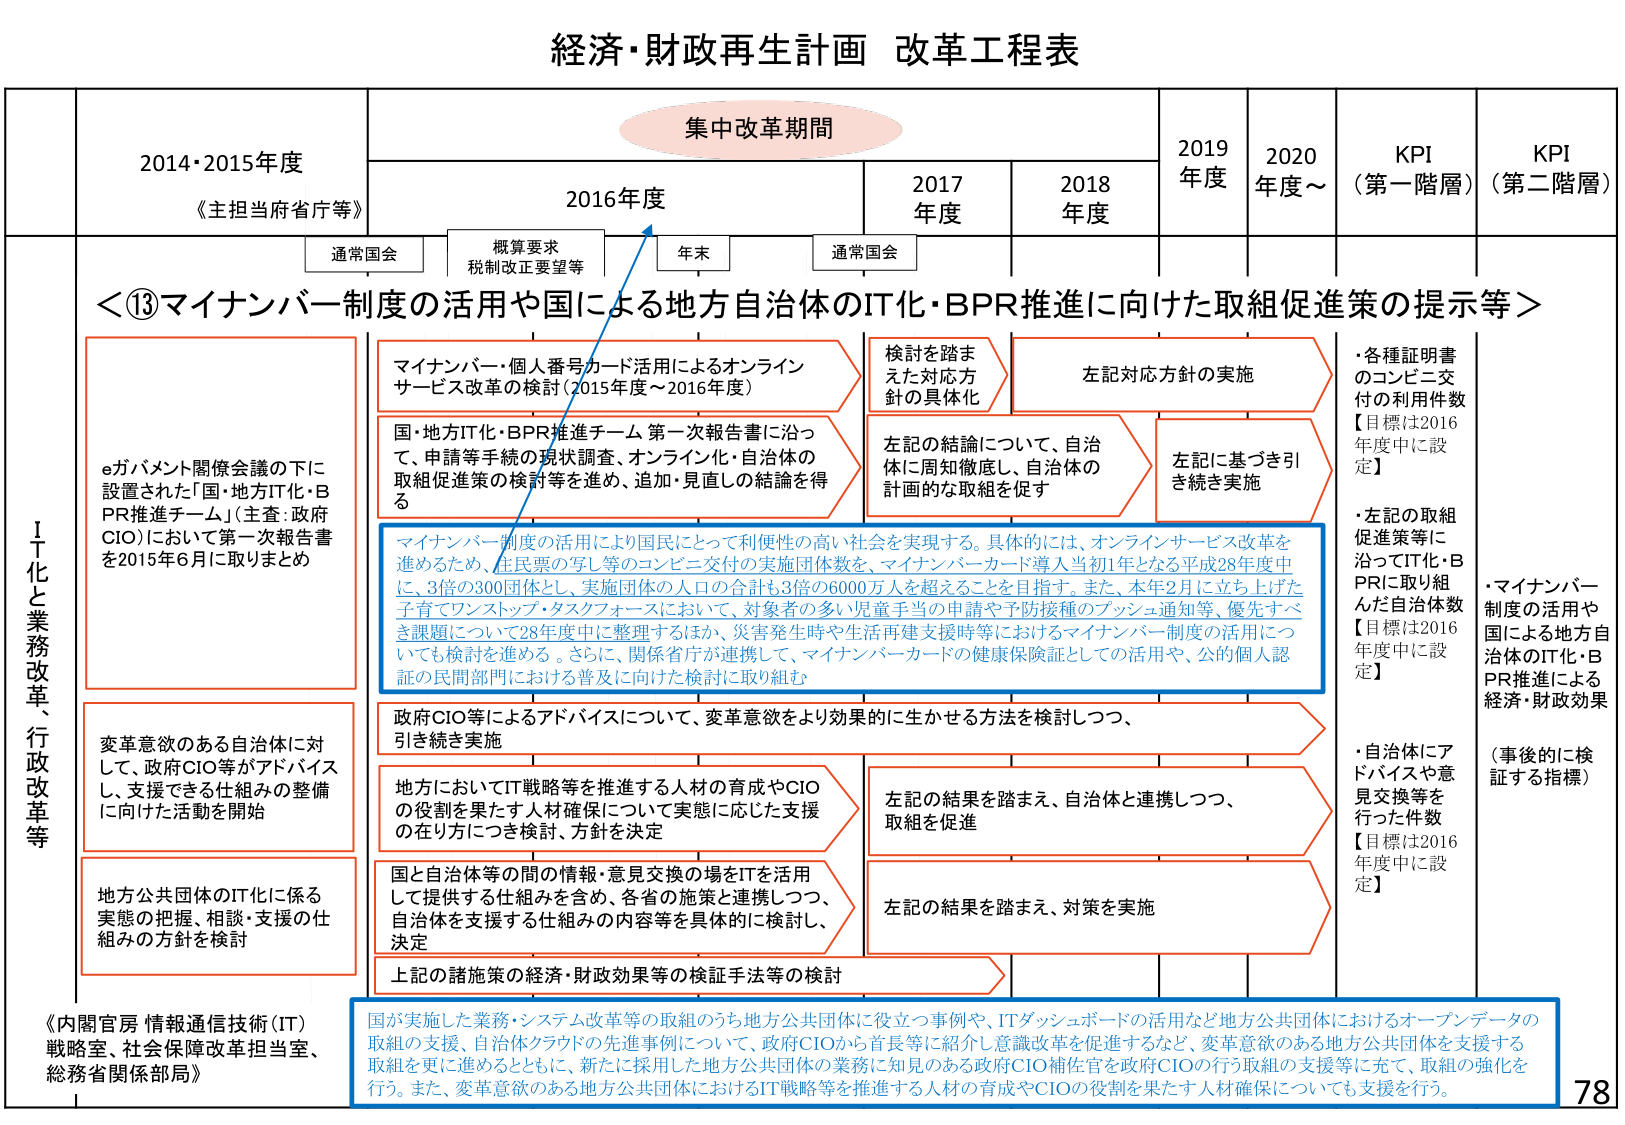
経済・財政再生計画 改革工程表

集中改革期間

2014・2015年度
《主担当府省庁等》

2016年度
通常国会
概算要求
税制改正要望等
年末
通常国会

2017年度

2018年度

2019年度

2020年度～

KPI
（第一階層）

KPI
（第二階層）

＜⑬マイナンバー制度の活用や国による地方自治体のIT化・BPR推進に向けた取組促進策の提示等＞

Ⅰ IT化と業務改革、行政改革等

eガバメント関係会議の下に設置された「国・地方IT化・BPR推進チーム」（主査：政府CIO）において第一次報告書を2015年6月に取りまとめ

マイナンバー・個人番号カード活用によるオンラインサービス改革の検討（2015年度～2016年度）

国・地方IT化・BPR推進チーム第一次報告書に沿って、申請等手続の現状調査、オンライン化・自治体の取組促進策の検討等を進め、追加・見直しの結論を得る

検討を踏まえた対応方針の具体化

左記対応方針の実施

左記の結論について、自治体に周知徹底し、自治体の計画的な取組を促す

左記に基づき引き続き実施

・各種証明書のコンビニ交付の利用件数【目標は2016年度中に設定】

・左記の取組促進策等に沿ってIT化・BPRに取り組んだ自治体数【目標は2016年度中に設定】

・マイナンバー制度の活用や国による地方自治体のIT化・BPR推進による経済・財政効果（事後的に検証する指標）

マイナンバー制度の活用により国民にとって利便性の高い社会を実現する。具体的には、オンラインサービス改革を進めるため、住民票の写し等のコンビニ交付の実施団体数を、マイナンバーカード導入当初1年となる平成28年度中に、3倍の300団体とし、実施団体の人口の合計も3倍の6000万人を超えることを目指す。また、本年2月に立ち上げた子育てワンストップ・タスクフォースにおいて、対象者の多い児童手当の申請や予防接種のプッシュ通知等、優先すべき課題について28年度中に整理するほか、災害発生時や生活再建支援時等におけるマイナンバー制度の活用についても検討を進める。さらに、関係省庁が連携して、マイナンバーカードの健康保険証としての活用や、公的個人認証の民間部門における普及に向けた検討に取り組む

変革意欲のある自治体に対して、政府CIO等がアドバイスし、支援できる仕組みの整備に向けた活動を開始

政府CIO等によるアドバイスについて、変革意欲をより効果的に生かせる方法を検討しつつ、引き続き実施

地方においてIT戦略等を推進する人材の育成やCIOの役割を果たす人材確保について実態に応じた支援の在り方につき検討・方針を決定

左記の結果を踏まえ、自治体と連携しつつ、取組を促進

地方公共団体のIT化に係る実態の把握、相談・支援の仕組みの方針を検討

国と自治体等の間の情報・意見交換の場をITを活用して提供する仕組みを含め、各省の施策と連携しつつ、自治体を支援する仕組みの内容等を具体的に検討し、決定

左記の結果を踏まえ、対策を実施

上記の諸施策の経済・財政効果等の検証手法等の検討

・自治体にアドバイスや意見交換等を行った件数【目標は2016年度中に設定】

《内閣官房 情報通信技術（IT）戦略室、社会保障改革担当室、総務省関係部局》

国が実施した業務・システム改革等の取組のうち地方公共団体に役立つ事例や、ITダッシュボードの活用など地方公共団体におけるオープンデータの取組の支援、自治体クラウドの先進事例について、政府CIOから首長等に紹介し意識改革を促進するなど、変革意欲のある地方公共団体を支援する取組を更に進めるとともに、新たに採用した地方公共団体の業務に知見のある政府CIO補佐官を政府CIOの行う取組の支援等に充て、取組の強化を行う。また、変革意欲のある地方公共団体におけるIT戦略等を推進する人材の育成やCIOの役割を果たす人材確保についても支援を行う。

78